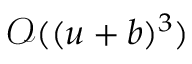
\mathcal { O } ( ( u + b ) ^ { 3 } )